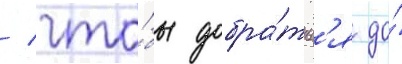
/ что́бы добра́тьс'я до́